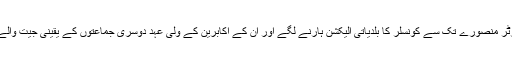
بلکہ غضب یہ ہوا کہ وہ جماعت کے ہیڈ کوارٹر منصورے تک سے کونسلر کا بلدیاتی الیکشن ہارنے لگے اور ان کے اکابرین کے ولی عہد دوسری جماعتوں کے یقینی جیت والے انتخابی نشان پر الیکشن لڑ کر بھی ہار گئے۔